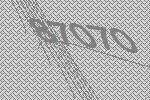
87070